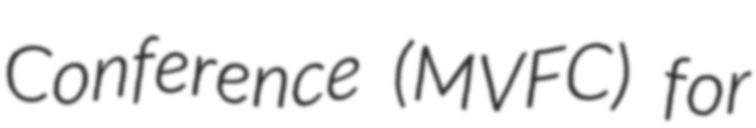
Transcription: Conference (MVFC) for